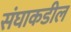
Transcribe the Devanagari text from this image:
संघाकडील